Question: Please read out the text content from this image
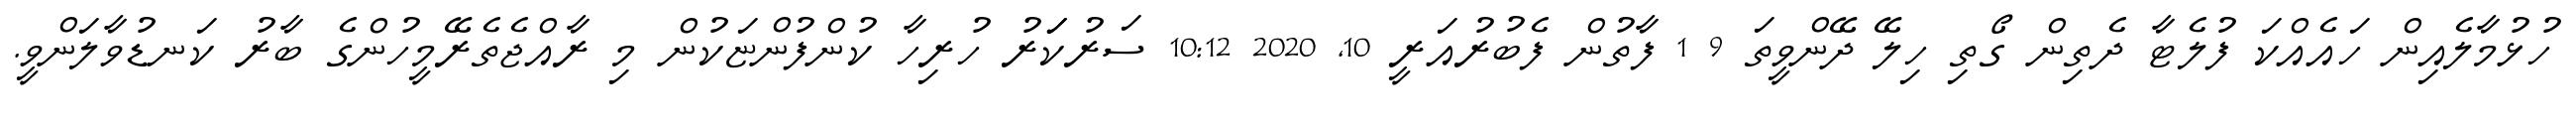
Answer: ހުޅުމާލެއިން ހައެއްކަ ފުލެޓާ ދެތިން ގޯތި ހިލޭ ދޭންވީތަ 9 1 ފާތުން ފެބުރުއަރީ 10, 2020 10:12 ސަރުކަަރު ހުރިހާ ކުންފުންޏަކުން މި ރާއްޖެތެރޭމީހުންގެ ބާރު ކަނޑުވާލަންވީ.